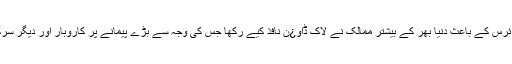
عالمی وبا کورونا وائرس کے باعث دنیا بھر کے بیشتر ممالک نے لاک ڈاو¿ن نافذ کیے رکھا جس کی وجہ سے بڑے پیمانے پر کاروبار اور دیگر سرگرمیاں معطل رہیں۔